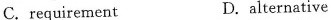
C.requirement D.alternative